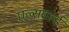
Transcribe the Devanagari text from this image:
एल्सवर्ल्ड